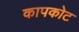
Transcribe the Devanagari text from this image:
कापकोट